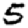
Digit: 5